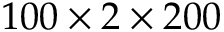
1 0 0 \times 2 \times 2 0 0